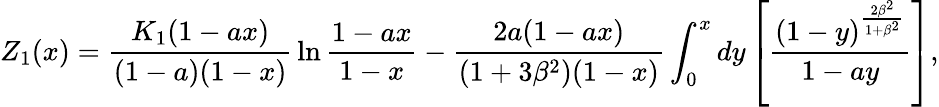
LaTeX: {Z}_{1}(x)={\frac{K_{1}(1-ax)}{(1-a)(1-x)}}\ln{\frac{1-ax}{1-x}}-{\frac{2a(1-ax)}{(1+3\beta^{2})(1-x)}}\int_{0}^{x}dy\left[{\frac{(1-y)^{\frac{2\beta^{2}}{1+\beta^{2}}}}{1-ay}}\right],